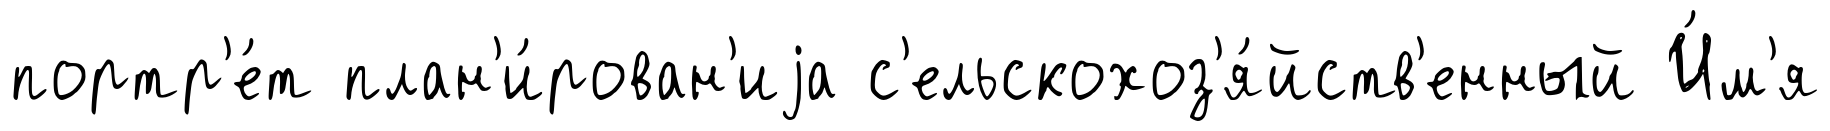
портр'е́т план'и́рован'иjа с'ельскохоз'я́йств'енный И́м'я